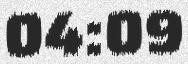
04:09